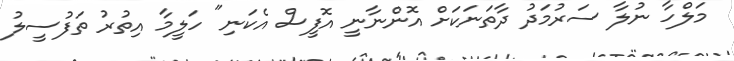
މަލްހާ ނުލާ ސަރުމަދު ދާތަނަކަށް އޮންނާނީ އޮފީސް އެކަނި" ހަލީމާ އިތުރު ތަފުސީލު